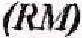
(RM)